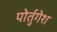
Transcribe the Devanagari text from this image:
पोर्तुगेश